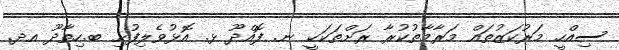
ސިއްހީ މަރުކަޒުތައް މަރާމާތުކުރާ ރަށްތަކަކީ ނ. ފޮއްދޫ ޅ. އޮޅުވެލިފުށި ބ.ހިތާދޫ އދ.